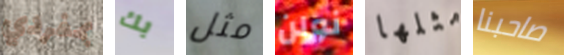
بمفردي بك مثل نولن مثلها صاحبنا